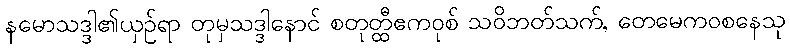
နမောသဒ္ဒါ၏ယှဉ်ရာ တုမှသဒ္ဒါနောင် စတုတ္ထီဧကဝုစ် သဝိဘတ်သက်, တေမေကဝစနေသု